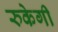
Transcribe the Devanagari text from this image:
रुकेगी